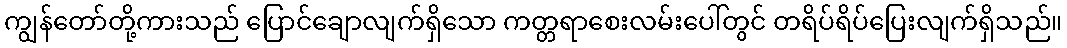
ကျွန်တော်တို့ကားသည် ပြောင်ချောလျက်ရှိသော ကတ္တရာစေးလမ်းပေါ်တွင် တရိပ်ရိပ်ပြေးလျက်ရှိသည်။